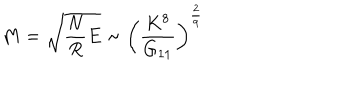
M = \sqrt { \frac { N } { R } E } \sim \left( \frac { K ^ { 8 } } { G _ { 1 1 } } \right) ^ { \frac { 2 } { 9 } }